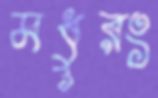
মধুরং